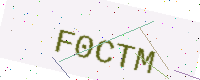
Text: F0CTM